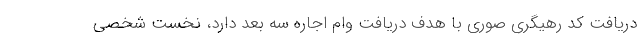
دریافت کد رهیگری صوری با هدف دریافت وام اجاره سه بعد دارد، نخست شخصی